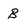
Character: B